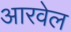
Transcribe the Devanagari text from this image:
आरवेल